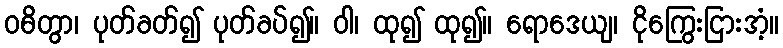
ဝဓိတွာ၊ ပုတ်ခတ်၍ ပုတ်ခပ်၍။ ဝါ၊ ထု၍ ထု၍။ ရောဒေယျ၊ ငိုကြွေးငြားအံ့။